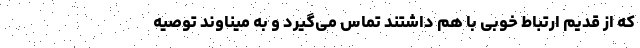
که از قدیم ارتباط خوبی با هم داشتند تماس می‌گیرد و به میناوند توصیه